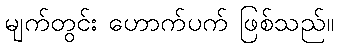
မျက်တွင်း ဟောက်ပက် ဖြစ်သည်။